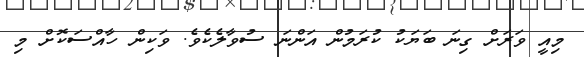
މިއީ ވަރަށް ގިނަ ބަޔަކު ކުރަމުން އަންނަ ސުވާލެކެވެ. ވަކިން ހާއްސަކޮށް މި